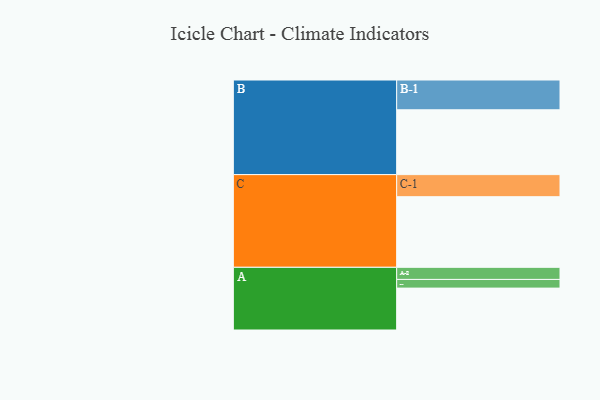
{"axis": {"x": "Segment", "y": "Value"}, "legend": ["", "A", "B", "C"], "data": [{"x": "A", "y": 353, "type": ""}, {"x": "B", "y": 546, "type": ""}, {"x": "C", "y": 595, "type": ""}, {"x": "A-1", "y": 73, "type": "A"}, {"x": "A-2", "y": 102, "type": "A"}, {"x": "B-1", "y": 251, "type": "B"}, {"x": "C-1", "y": 186, "type": "C"}]}